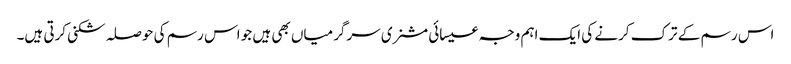
اس رسم کے ترک کرنے کی ایک اہم وجہ عیسائی مشنری سرگرمیاں بھی ہیں جو اس رسم کی حوصلہ شکنی کرتی ہیں۔